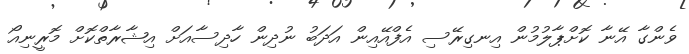
ވެންގާ އޭނާ ކޮށްޕާލުމުން އިނގިރޭސި އެފްއޭއިން އަދަބު ނުދިން ހާދިސާއަށް އިޝާރާތްކޮށް މޮރީނިއޯ